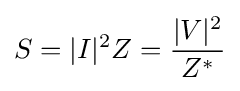
S=|I|^{2}Z={\frac {|V|^{2}}{Z^{*}}}